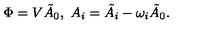
\Phi = V \tilde { A } _ { 0 } , \ A _ { i } = \tilde { A } _ { i } - \omega _ { i } \tilde { A } _ { 0 } .